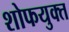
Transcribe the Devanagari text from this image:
शोफयुक्त